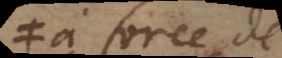
à force de